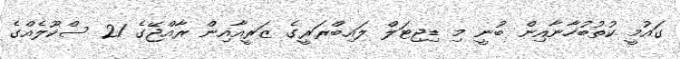
ގައުމީ ކުތުބުހާނާއިން ބުނީ މި ޑިޖިޓަލް ލައިބްރަރީގެ ޒަރީއާއިން ރާއްޖޭގެ 21 ސްކޫލެއްގެ